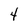
Character: 4